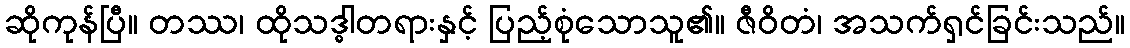
ဆိုကုန်ပြီ။ တဿ၊ ထိုသဒ္ဓါတရားနှင့် ပြည့်စုံသောသူ၏။ ဇီဝိတံ၊ အသက်ရှင်ခြင်းသည်။